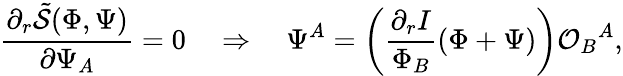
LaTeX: \frac{\partial_{r}\tilde{\cal S}(\Phi,\Psi)}{\partial\Psi_{A}}=0\quad\Rightarrow\quad\Psi^{A}=\left(\frac{\partial_{r}I}{\Phi_{B}}(\Phi+\Psi)\right){\cal O}_{B}{}^{A},